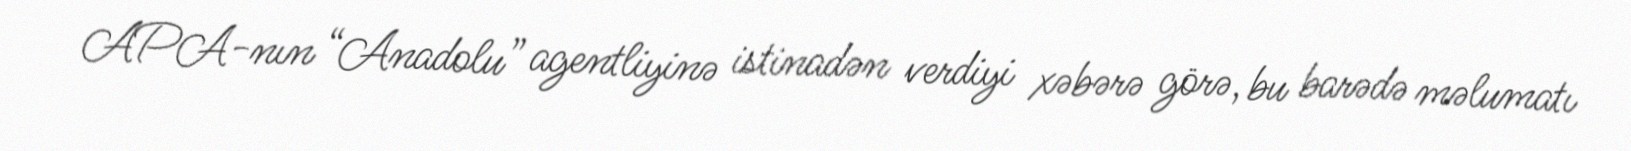
APA-nın “Anadolu” agentliyinə istinadən verdiyi xəbərə görə, bu barədə məlumatı